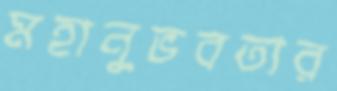
মহানুভবতার